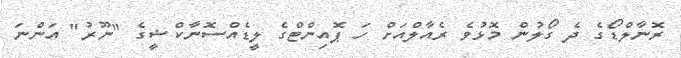
ރޮނާލްޑޯގެ ދެ ގޯލުން މޮޅުވެ ރެއާލްއަށް ހަ ޕޮއިންޓްގެ ލީޑެއްސޮނާކްޝީގެ "ނޫރު" އަންނަ